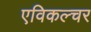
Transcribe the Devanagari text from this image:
एविकल्चर